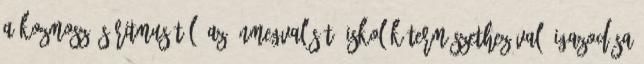
a kozmosz ős-ritmusától. Az önmegvalósító iskolák természethez való igazodása